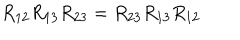
R _ { 1 2 } R _ { 1 3 } R _ { 2 3 } = R _ { 2 3 } R _ { 1 3 } R _ { 1 2 }